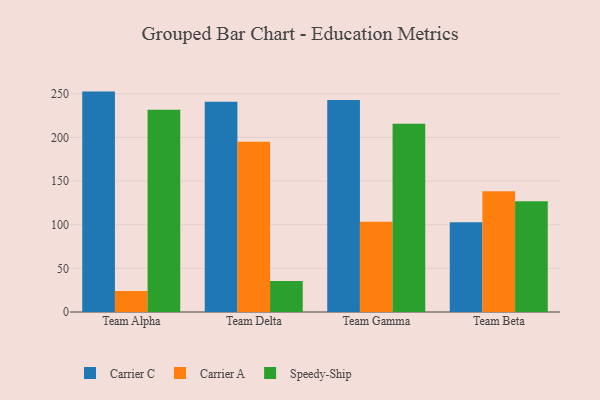
{"axis": {"x": "Team", "y": "Market Share (%)"}, "legend": ["Carrier A", "Carrier C", "Speedy-Ship"], "data": [{"x": "Team Alpha", "y": 252.5, "type": "Carrier C"}, {"x": "Team Alpha", "y": 24.1, "type": "Carrier A"}, {"x": "Team Alpha", "y": 231.7, "type": "Speedy-Ship"}, {"x": "Team Delta", "y": 240.8, "type": "Carrier C"}, {"x": "Team Delta", "y": 195.0, "type": "Carrier A"}, {"x": "Team Delta", "y": 35.5, "type": "Speedy-Ship"}, {"x": "Team Gamma", "y": 243.0, "type": "Carrier C"}, {"x": "Team Gamma", "y": 103.5, "type": "Carrier A"}, {"x": "Team Gamma", "y": 215.6, "type": "Speedy-Ship"}, {"x": "Team Beta", "y": 102.7, "type": "Carrier C"}, {"x": "Team Beta", "y": 138.3, "type": "Carrier A"}, {"x": "Team Beta", "y": 126.8, "type": "Speedy-Ship"}]}